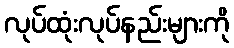
လုပ်ထုံးလုပ်နည်းများကို